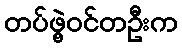
တပ်ဖွဲ့ဝင်တဦးက